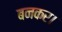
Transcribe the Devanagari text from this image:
बनकर।